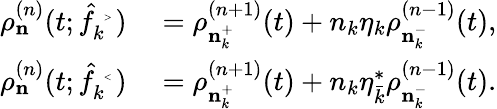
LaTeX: \begin{array}{rl}{\rho_{\mathbf n}^{(n)}(t;\hat{f}_{k}^{\mathrm{~\tiny~>~}})}&{{}=\rho_{{\mathbf n}_{k}^{+}}^{(n+1)}(t)+n_{k}\eta_{k}\rho_{{\mathbf n}_{k}^{-}}^{(n-1)}(t),}\\ {\rho_{\mathbf n}^{(n)}(t;\hat{f}_{k}^{\mathrm{~\tiny~<~}})}&{{}=\rho_{{\mathbf n}_{k}^{+}}^{(n+1)}(t)+n_{k}\eta_{\bar{k}}^{\ast}\rho_{{\mathbf n}_{k}^{-}}^{(n-1)}(t).}\end{array}